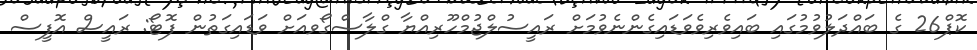
ކޮޕް26 ގެ ބައްދަލުވުމުގައި ބައިވެރިވެވަޑައިގެންނެވުމަށް ރައީސުލްޖުމްހޫރިއްޔާ ގްލާސްގޯވއަށް ވަޑައިގަތުން ފޮޓޯ: ރައީސް އޮފީސް